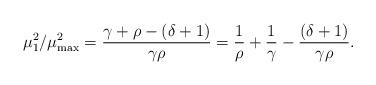
LaTeX: \begin{align*}\mu_1^2 / \mu_{\max}^2 = \frac{\gamma + \rho - (\delta +1)}{\gamma \rho} = \frac{1}{\rho} + \frac{1}{\gamma} - \frac{(\delta +1)}{\gamma \rho}.\end{align*}